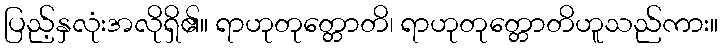
ပြည့်နှလုံးအလိုရှိ၏။ ရာဟုတုတ္တောတိ၊ ရာဟုတုတ္တောတိဟူသည်ကား။